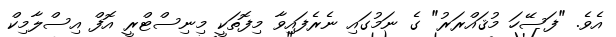
އެވެ. "ފަސޭހަ މުޤައްރަރު" ގެ ނަމުގައި ނެރެފައިވާ މިފޮތަކީ މިނިސްޓްރީ އޮފް އިސްލާމިކް